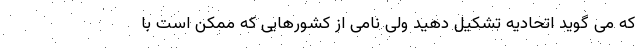
که می گوید اتحادیه تشکیل دهید ولی نامی از کشورهایی که ممکن است با